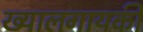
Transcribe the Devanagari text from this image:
ख्यालगायकी